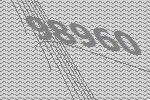
98960